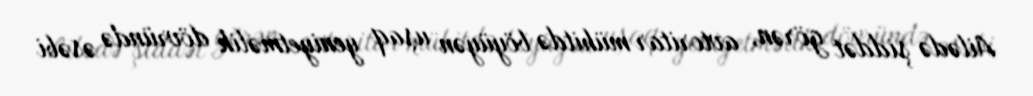
Ailədə şiddət görən, avtoritar mühitdə böyüyən uşaq yeniyetməlik dövründə əsəbi